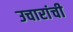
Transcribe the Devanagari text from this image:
उचारांची